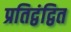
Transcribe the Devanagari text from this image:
प्रतिद्वंद्वित